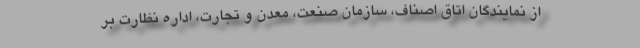
از نمایندگان اتاق اصناف، سازمان صنعت، معدن و تجارت، اداره نظارت بر